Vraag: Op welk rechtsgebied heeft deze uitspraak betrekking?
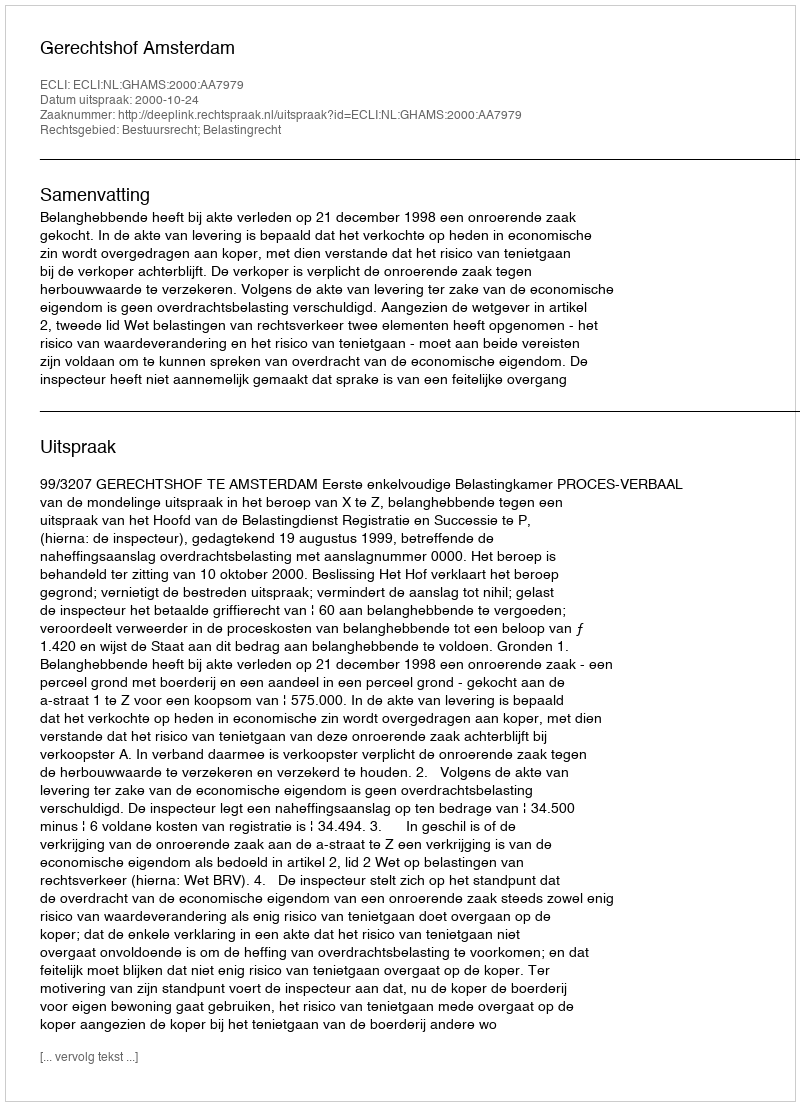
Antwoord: Bestuursrecht; Belastingrecht